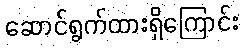
ဆောင်ရွက်ထားရှိကြောင်း